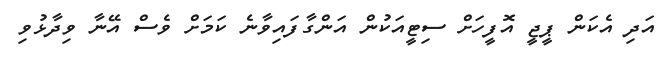
އަދި އެކަން ޕީޖީ އޮފީހަށް ސިޓީއަކުން އަންގާފައިވާނެ ކަމަށް ވެސް އޭނާ ވިދާޅުވި